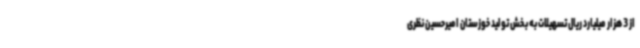
از 3 هزار میلیارد ریال تسهیلات به بخش تولید خوزستان امیرحسین نظری